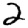
Digit: 2